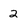
Character: 2